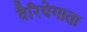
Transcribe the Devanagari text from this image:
वैरियेगाता